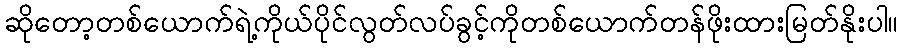
ဆိုတော့တစ်ယောက်ရဲ့ကိုယ်ပိုင်လွတ်လပ်ခွင့်ကိုတစ်ယောက်တန်ဖိုးထားမြတ်နိုးပါ။